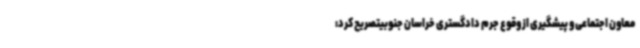
معاون اجتماعی و پیشگیری از وقوع جرم دادگستری خراسان جنوبیتصریح کرد: